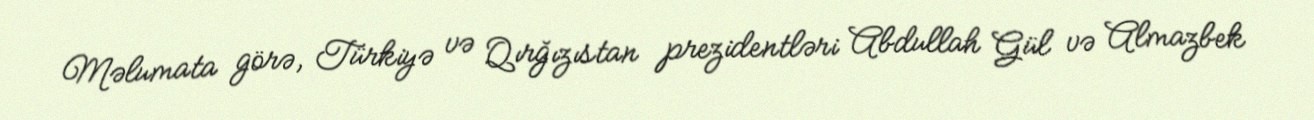
Məlumata görə, Türkiyə və Qırğızıstan prezidentləri Abdullah Gül və Almazbek